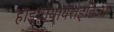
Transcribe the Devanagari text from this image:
हाइपोथायराइडिज्म